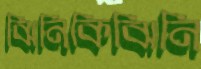
ঝিনিকিঝিনি